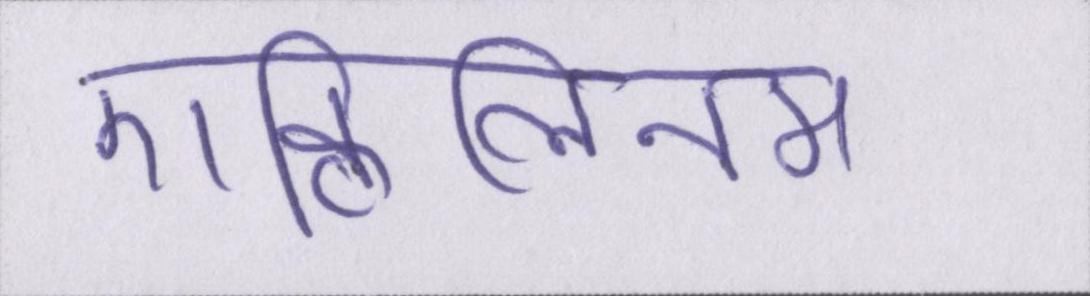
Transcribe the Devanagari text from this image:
एक्विलिनम